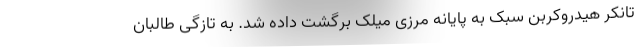
تانکر هیدروکربن سبک به پایانه مرزی میلک برگشت داده شد. به تازگی طالبان